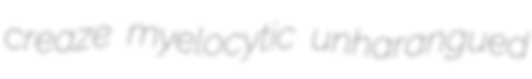
creaze myelocytic unharangued